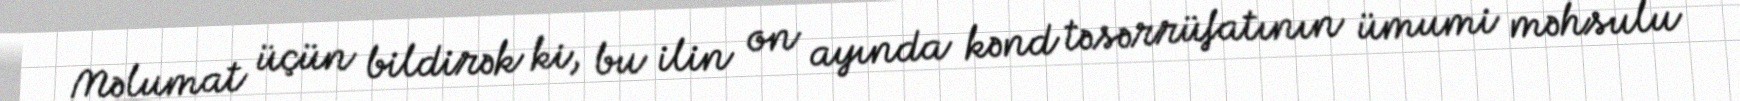
Məlumat üçün bildirək ki, bu ilin on ayında kənd təsərrüfatının ümumi məhsulu